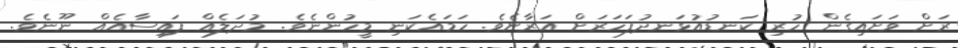
ރަށް ވަށައިގެން ހުރި ކަނޑުއުޅަނދުފަހަރަށް އަރާށެވެ. ހަމައެކަނި މީހުންނެވެ. މުދަލެއް ފައިސާއެއް ނޫނެވެ.